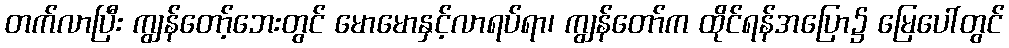
တက်လာပြီး ကျွန်တော့်ဘေးတွင် မောမောနှင့်လာရပ်ရာ၊ ကျွန်တော်က ထိုင်ရန်အပြော၌ မြေပေါ်တွင်